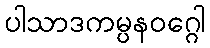
ပါသာဒကမ္ပနဝဂ္ဂေါ